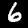
Digit: 6